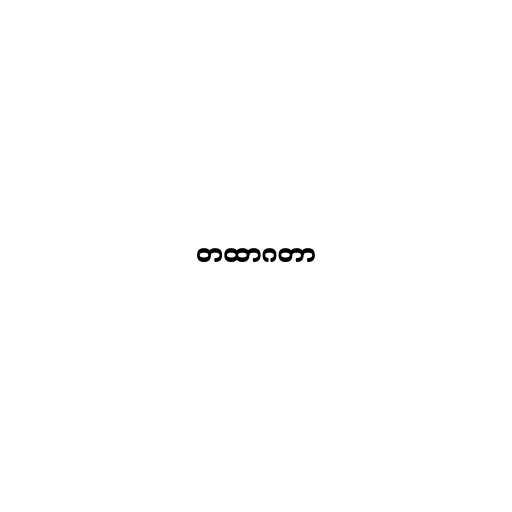
တထာဂတာ